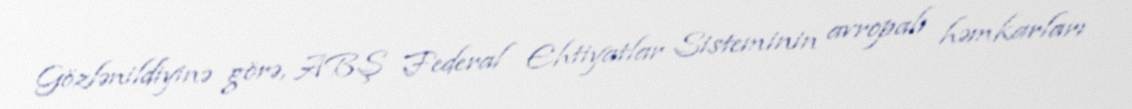
Gözlənildiyinə görə, ABŞ Federal Ehtiyatlar Sisteminin avropalı həmkarları